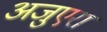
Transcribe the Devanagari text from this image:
अजुएरा